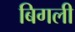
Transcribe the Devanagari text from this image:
बिगली